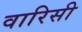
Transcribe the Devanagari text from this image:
वारिसी